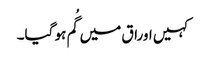
کہیں اوراق میں گُم ہو گیا۔